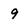
Character: 9